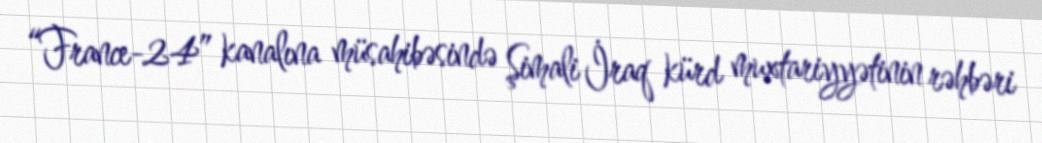
“France-24” kanalına müsahibəsində Şimali İraq kürd muxtariyyətinin rəhbəri